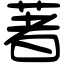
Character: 著